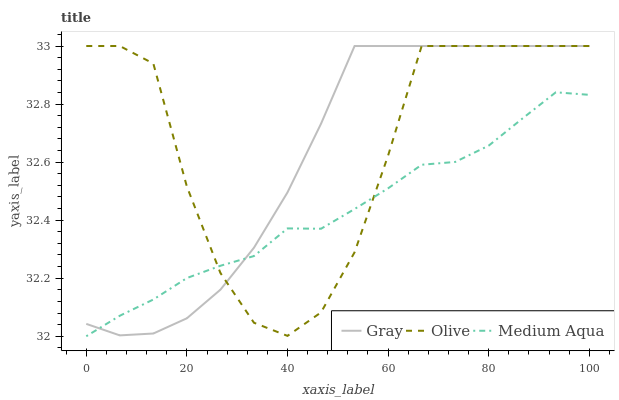
| xaxis_label | Gray | Olive | Medium Aqua |
 | --- | --- | --- | --- |
 | 0 | 32 | 33 | 32 |
 | 6.67 | 32 | 33 | 32.1 |
 | 13.3 | 32 | 32.9 | 32.1 |
 | 20 | 32.1 | 32.5 | 32.2 |
 | 26.7 | 32.2 | 32.2 | 32.2 |
 | 33.3 | 32.3 | 32 | 32.3 |
 | 40 | 32.5 | 32 | 32.4 |
 | 46.7 | 32.7 | 32.1 | 32.4 |
 | 53.3 | 33 | 32.3 | 32.4 |
 | 60 | 33 | 32.6 | 32.5 |
 | 66.7 | 33 | 33 | 32.6 |
 | 73.3 | 33 | 33 | 32.6 |
 | 80 | 33 | 33 | 32.7 |
 | 86.7 | 33 | 33 | 32.7 |
 | 93.3 | 33 | 33 | 32.8 |
 | 100 | 33 | 33 | 32.8 |